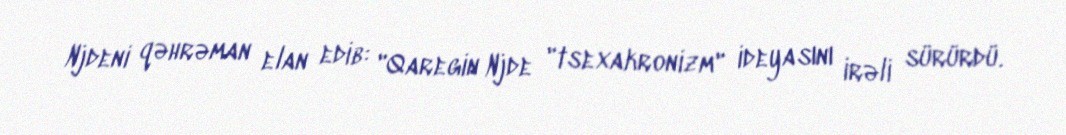
Njdeni qəhrəman elan edib: "Qaregin Njde "tsexakronizm" ideyasını irəli sürürdü.